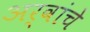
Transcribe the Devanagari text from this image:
अर्वांचे